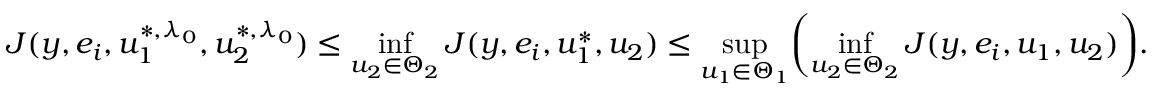
J ( y , e _ { i } , u _ { 1 } ^ { * , \lambda _ { 0 } } , u _ { 2 } ^ { * , \lambda _ { 0 } } ) \leq \operatorname* { i n f } _ { u _ { 2 } \in \Theta _ { 2 } } J ( y , e _ { i } , u _ { 1 } ^ { * } , u _ { 2 } ) \leq \operatorname* { s u p } _ { u _ { 1 } \in \Theta _ { 1 } } \biggl ( \operatorname* { i n f } _ { u _ { 2 } \in \Theta _ { 2 } } J ( y , e _ { i } , u _ { 1 } , u _ { 2 } ) \biggr ) .